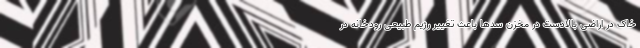
خاک در اراضی بالادست در مخزن سدها باعث تغییر رژیم طبیعی رودخانه در